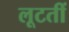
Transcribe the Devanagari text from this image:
लूटतीं